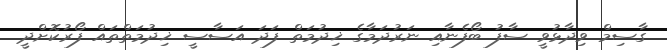
ގާސިމް ވިދާޅުވީ ސާފު ބޯފެނާއި ނަރުދަމާގެ ޚިދުމަތް ފަދަ އަސާސީ ޚިދުމަތްތައް ފޯރުކޮށްދީ